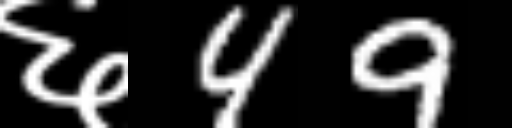
Text: ६49